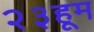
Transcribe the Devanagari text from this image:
२३हूम